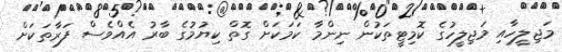
މަޖިލީހާއި މަޖިލީހުގެ ކޮމިޓީތަކުން ނިންމާ ކަމަކަށް ގޮތް ކިޔުމުގެ ބާރު އެއްވެސް ފަރާތަކަށް